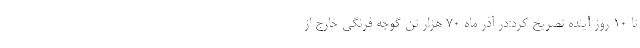
تا 10 روز آینده تصریح کرد:در آذر ماه 70 هزار تن گوجه فرنگی خارج از